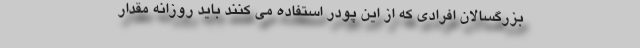
بزرگسالان افرادی که از این پودر استفاده می کنند باید روزانه مقدار